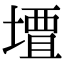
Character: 𫝠